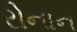
રોનાન